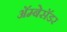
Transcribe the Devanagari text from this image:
अॅम्बेसॅडर